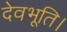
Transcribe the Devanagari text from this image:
देवभूति।